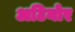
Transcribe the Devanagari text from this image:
अटियोर